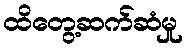
ထိတွေ့ဆက်ဆံမှု